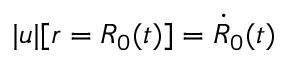
| \boldsymbol { u } | [ r = R _ { 0 } ( t ) ] = \dot { R } _ { 0 } ( t )